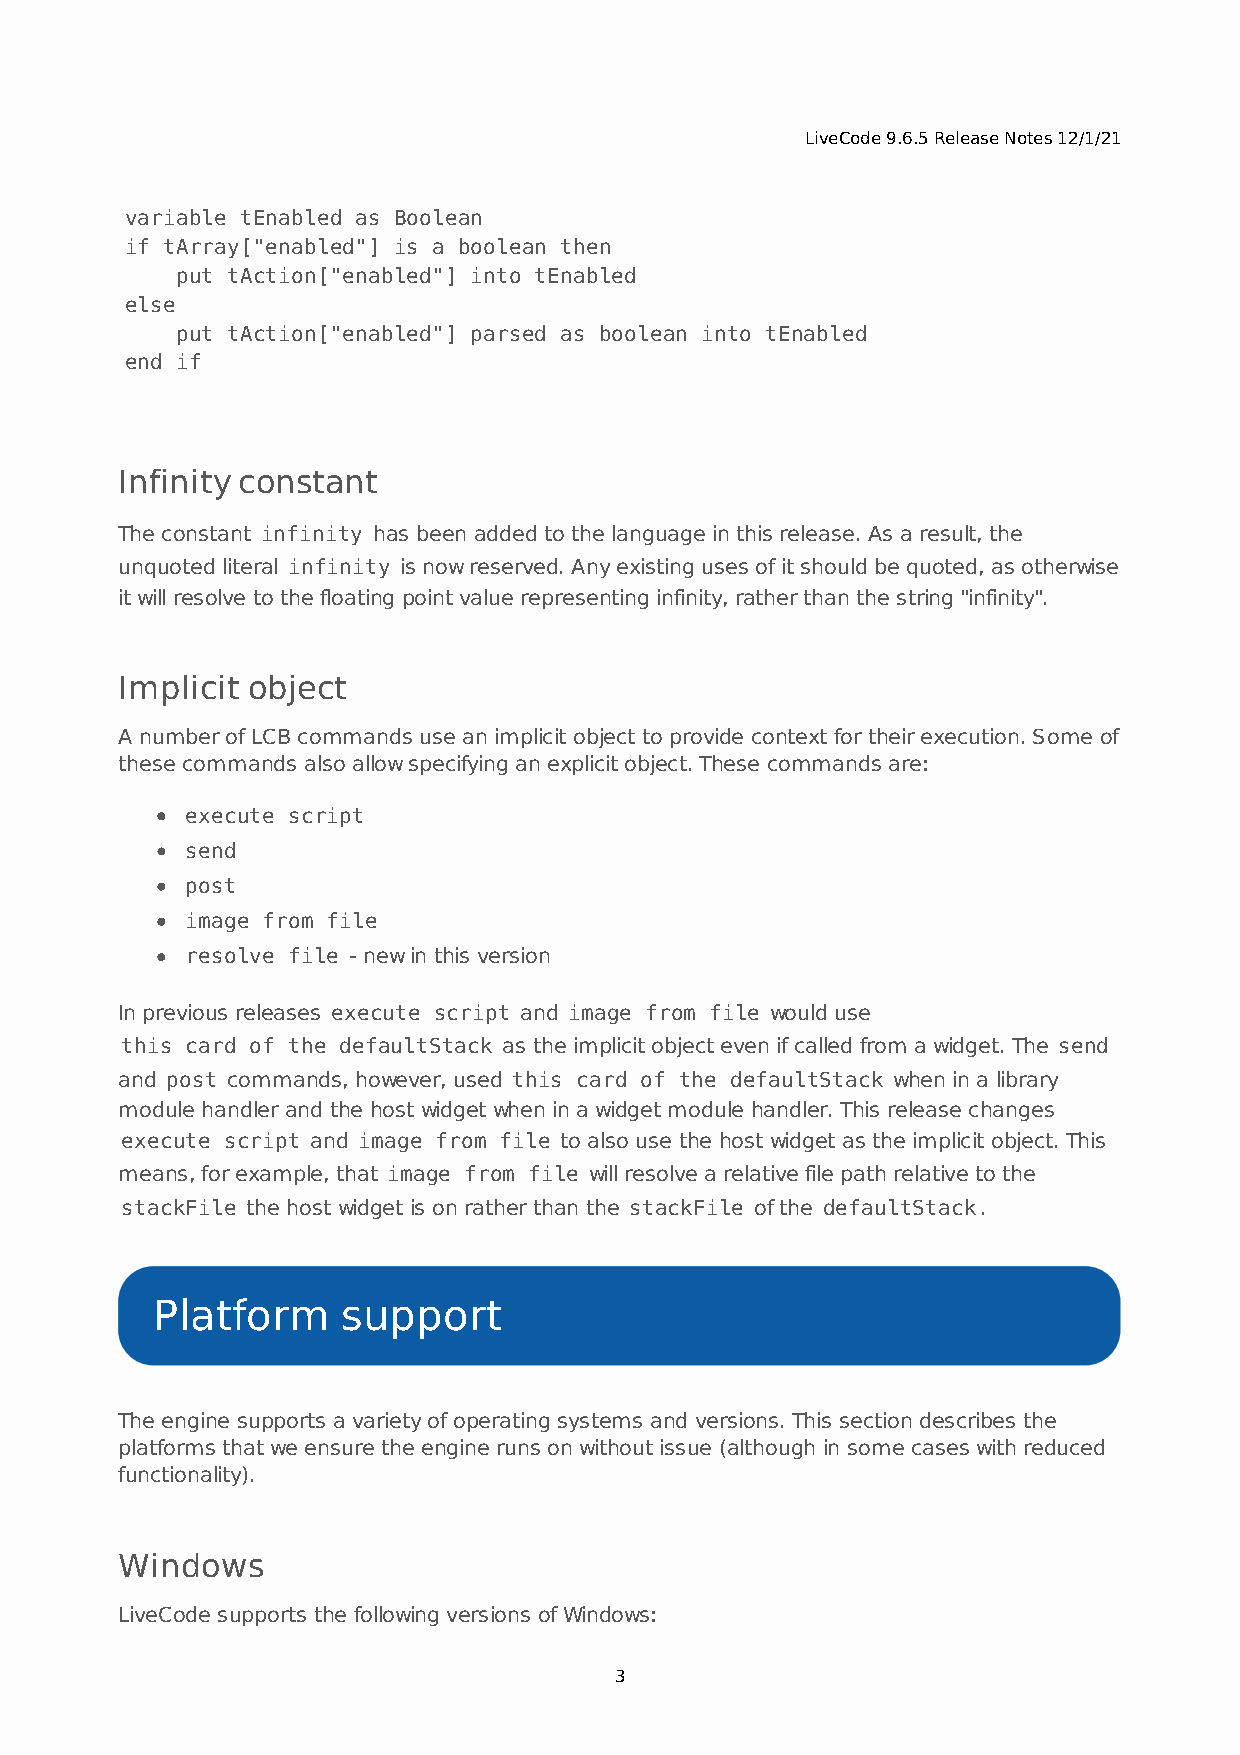
LiveCode 9.6.5 Release Notes 12/1/21
 variable tEnabled as Boolean
 if tArray["enabled"] is a boolean then
 put tAction["enabled"] into tEnabled
 else
 put tAction["enabled"] parsed as boolean into tEnabled
 end if
 Infinity constant
 The constant infinity has been added to the language in this release. As a result, the
 unquoted literal infinity is now reserved. Any existing uses of it should be quoted, as otherwise
 it will resolve to the floating point value representing infinity, rather than the string "infinity".
 Implicit object
 A number of LCB commands use an implicit object to provide context for their execution. Some of
 these commands also allow specifying an explicit object. These commands are:
 execute script
 send
 post
 image from file
 resolve file - new in this version
 In previous releases execute script and image from file would use
 this card of the defaultStack as the implicit object even if called from a widget. The send
 and post commands, however, used this card of the defaultStack when in a library
 module handler and the host widget when in a widget module handler. This release changes
 execute script and image from file to also use the host widget as the implicit object. This
 means, for example, that image from file will resolve a relative file path relative to the
 stackFile the host widget is on rather than the stackFile of the defaultStack.
 Platform     support
 The engine supports a variety of operating systems and versions. This section describes the
 platforms that we ensure the engine runs on without issue (although in some cases with reduced
 functionality).
 Windows
 LiveCode supports the following versions of Windows:
 3